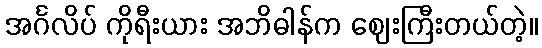
အင်္ဂလိပ် ကိုရီးယား အဘိဓါန်က ဈေးကြီးတယ်တဲ့။